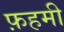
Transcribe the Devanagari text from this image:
फ़हमी